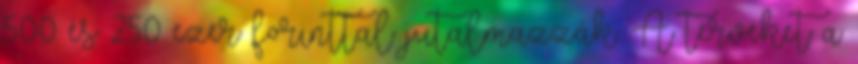
500 és 250 ezer forinttal jutalmazzák. A terveket a